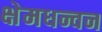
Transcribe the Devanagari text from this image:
क्षेमधन्वन